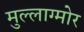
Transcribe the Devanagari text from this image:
मुल्लाग्मोर